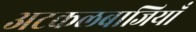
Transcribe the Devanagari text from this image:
अटकलबाजियाँ